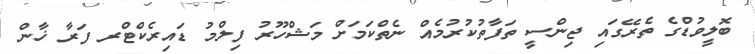
ބޮލީވުޑްގެ ތެރޭގައި ޖިންސީ ތަފާތުކުރުމެއް ނެތްކަމަށް މަޝްހޫރު ފިލްމު ޑައިރެކްޓްރ ފަރާ ޚާން